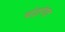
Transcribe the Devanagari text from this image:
चंद्रांगद